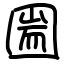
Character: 圌